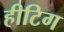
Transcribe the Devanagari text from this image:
हीटिग